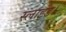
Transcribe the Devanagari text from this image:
स्लाइड।